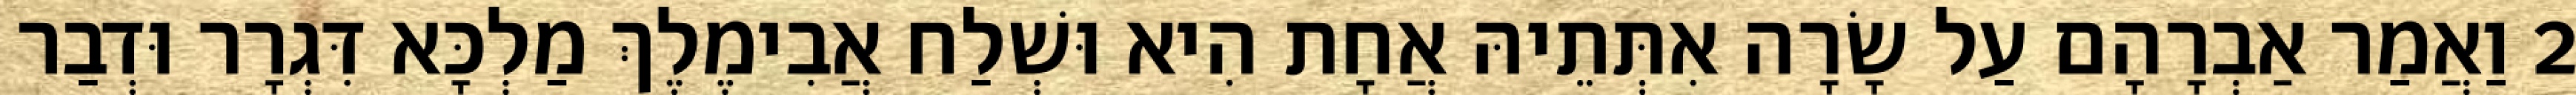
2 וַאֲמַר אַבְרָהָם עַל שָׂרָה אִתְּתֵיהּ אֲחָת הִיא וּשְׁלַח אֲבִימֶלֶךְ מַלְכָּא דִּגְרָר וּדְבַר